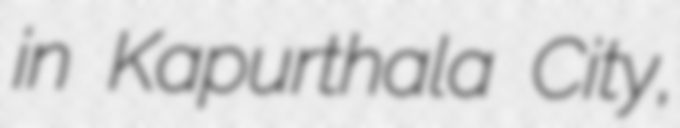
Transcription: in Kapurthala City,